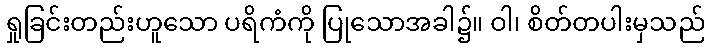
ရှုခြင်းတည်းဟူသော ပရိကံကို ပြုသောအခါ၌။ ဝါ၊ စိတ်တပါးမှသည်